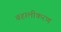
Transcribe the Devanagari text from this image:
बहालीकरण